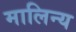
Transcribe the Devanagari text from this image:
मालिन्य